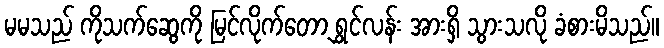
မမသည် ကိုသက်ဆွေကို မြင်လိုက်တော့ ရွှင်လန်း အားရှိ သွားသလို ခံစားမိသည်။